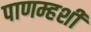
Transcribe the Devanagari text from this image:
पाणम्हशी